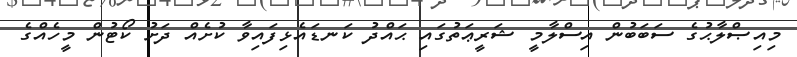
މިއިޞްލާޙުގެ ސަބަބުން އިސްލާމީ ޝަރީޢަތުގައި ޙައްދު ކަނޑައެޅިފައިވާ ކުށެއް ދަށު ކޯޓުން މީހެއްގެ